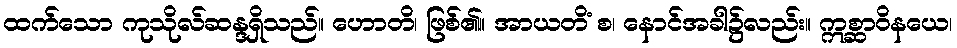
ထက်သော ကုသိုလ်ဆန္ဒရှိသည်။ ဟောတိ၊ ဖြစ်၏။ အာယတိံ စ၊ နောင်အခါ၌လည်း။ ဣစ္ဆာဝိနယေ၊